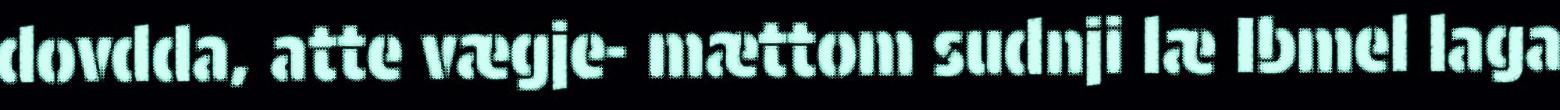
dovdda, atte vægje- mættom sudnji læ Ibmel laga